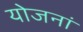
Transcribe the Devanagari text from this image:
योजनां